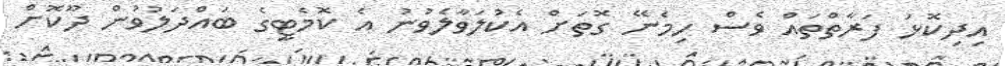
އިދިކޮޅު ފަރާތްތައް ވެސް ހިމެނޭ ގޮތަށް އެކުލަވާލެވުނު އެ ކޮމެޓީގެ ބައްދަލުވުން ދޫކޮށް